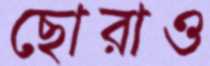
ছোরাও